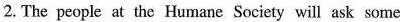
2.The people at the Humane Society will ask some